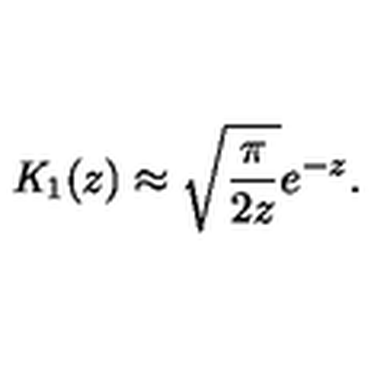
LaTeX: { \mathit { K } } _ { 1 } ( z ) \approx \sqrt { \frac { \pi } { 2 z } } e ^ { - z } .